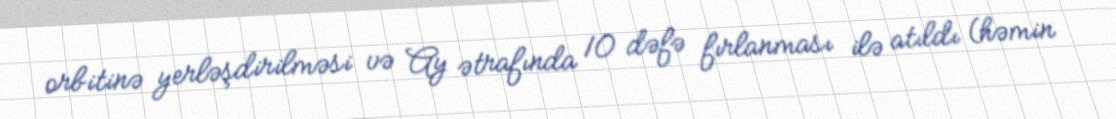
orbitinə yerləşdirilməsi və Ay ətrafında 10 dəfə fırlanması ilə atıldı (həmin